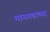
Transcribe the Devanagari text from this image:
मानगडाच्या